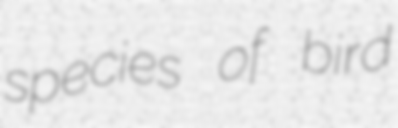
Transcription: species of bird